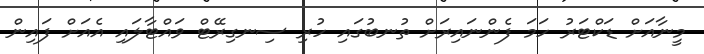
މީނާއަށް ޑަކްޓަރު ހަމަ ފެންނައިރަށް ތުނބުގައި ހުރި ސިނގިރޭޓް ވައްޓާލައި އެއަށް ފައިން